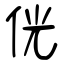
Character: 侊